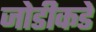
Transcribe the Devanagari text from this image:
जोडीकडे